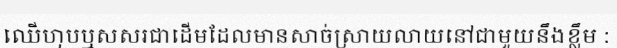
ឈើហុបឬសសរជាដើមដែលមានសាច់ស្រាយលាយនៅជាមួយនឹងខ្លឹម :